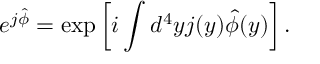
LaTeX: e ^ { j \hat { \phi } } = \exp \left[ i \int d ^ { 4 } y j ( y ) \hat { \phi } ( y ) \right] .